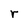
Character: r